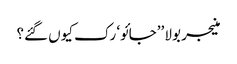
منیجر بولا ’’جائو‘ رک کیوں گئے؟